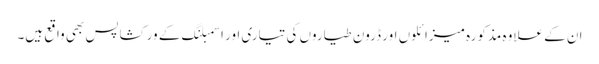
ان کے علاوہ مذکورہ میزائلوں اور ڈرون طیاروں کی تیاری اور اسمبلنگ کے ورکشاپس بھی واقع ہیں۔